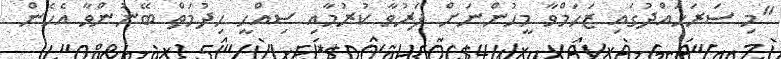
"މި ސަރަހައްދުގައި ޒަހަމްވާ މީހުންނަށް ފަރުވާ ކުރުމާއި ސިއްހީ ހިދުމަތް ބޭނުންވާ އެހެން